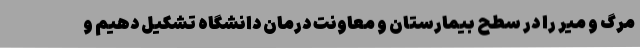
مرگ و میر را در سطح بیمارستان و معاونت درمان دانشگاه تشکیل دهیم و